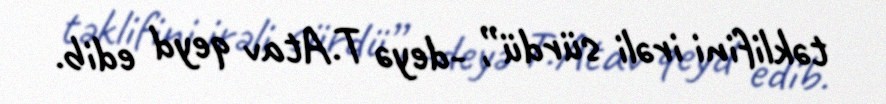
təklifini irəli sürdü”, -deyə T.Atav qeyd edib.